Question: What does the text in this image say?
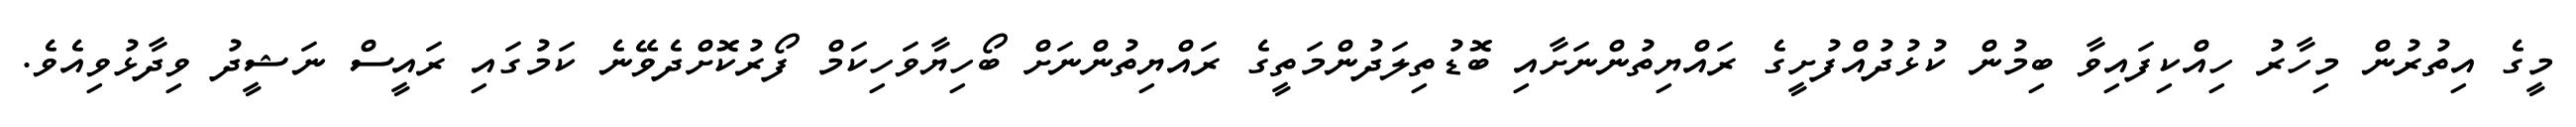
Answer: މީގެ އިތުރުން މިހާރު ހިއްކިފައިވާ ބިމުން ކުޅުދުއްފުށީގެ ރައްޔިތުންނަށާއި ބޮޑުތިލަދުންމަތީގެ ރައްޔިތުންނަށް ބޯހިޔާވަހިކަމް ފޯރުކޮށްދެވޭނެ ކަމުގައި ރައީސް ނަޝީދު ވިދާޅުވިއެވެ.